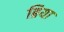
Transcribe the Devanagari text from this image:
ब्रिया